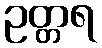
ဥတ္တရ